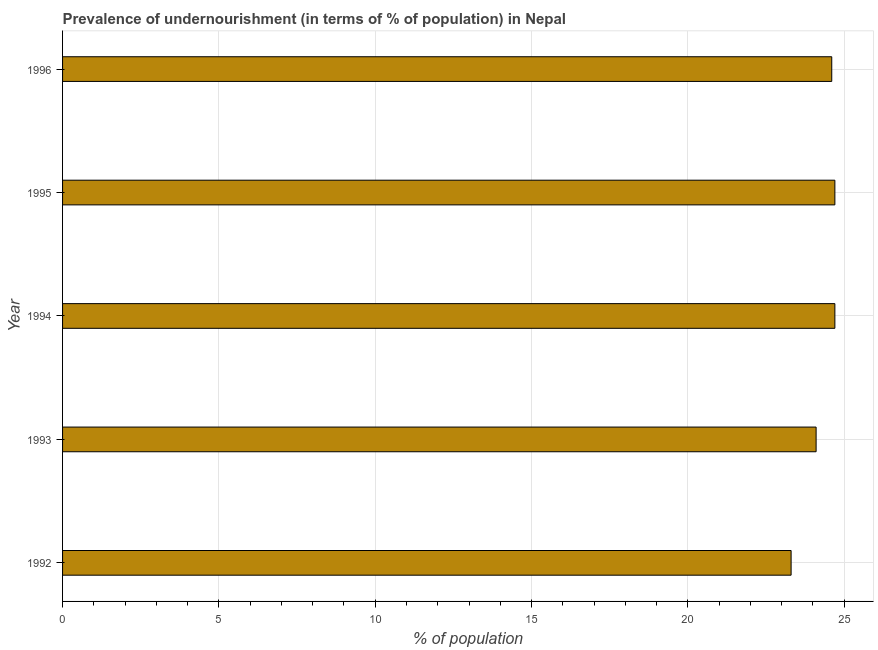
| Year | Prevalence of undernourishment |
 | --- | --- |
 | 1992 | 23.3 |
 | 1993 | 24.1 |
 | 1994 | 24.7 |
 | 1995 | 24.7 |
 | 1996 | 24.6 |